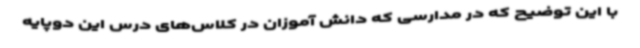
با این توضیح که در مدارسی که دانش آموزان در کلاس‌های درس این دوپایه